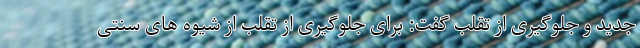
جدید و جلوگیری از تقلب گفت: برای جلوگیری از تقلب از شیوه های سنتی